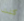
كنت